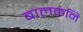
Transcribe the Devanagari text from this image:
बालकनि